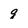
Character: g